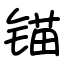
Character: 锚